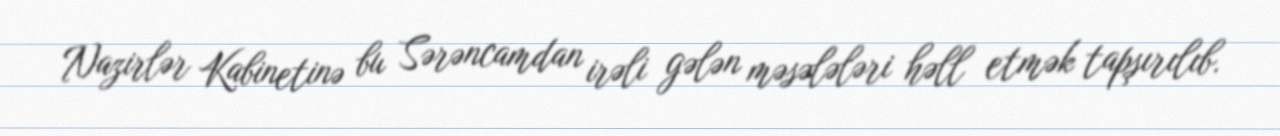
Nazirlər Kabinetinə bu Sərəncamdan irəli gələn məsələləri həll etmək tapşırılıb.